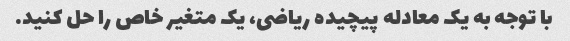
با توجه به یک معادله پیچیده ریاضی، یک متغیر خاص را حل کنید.